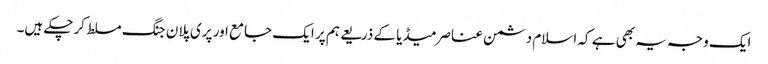
ایک وجہ یہ بھی ہے کہ اسلام دشمن عناصرمیڈیا کے ذریعے ہم پر ایک جامع اور پری پلان جنگ مسلط کرچکے ہیں۔